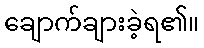
ချောက်ချားခဲ့ရ၏။